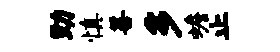
助慎善多蟾止